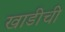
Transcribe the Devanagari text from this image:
खाडीची